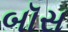
બૉસ